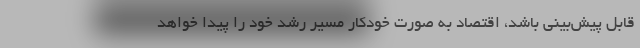
قابل پیش‌بینی باشد، اقتصاد به صورت خودکار مسیر رشد خود را پیدا خواهد